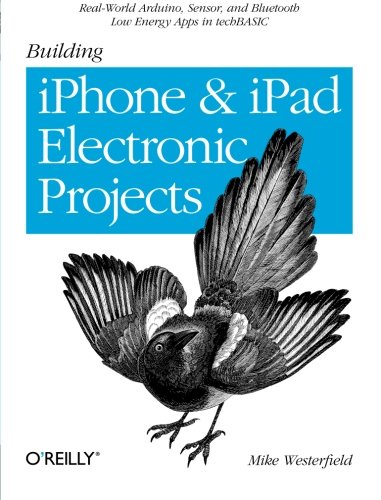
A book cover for Building iPhone and iPad Electronic Projects: Real-World Arduino, Sensor, and Bluetooth Low Energy Apps in techBASIC; Mike Westerfield; Crafts, Hobbies & Home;